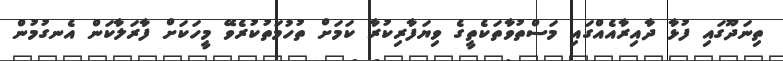
ތިނަދޫގައި ފުޅާ ދާއިރާއެއްގައި މަސްތުވާތަކެތީގެ ވިޔަފާރިކުރާ ކަމަށް ތުހުމަތުކުރެވޭ މީހަކަށް ފާރަލާކަން އެނގުމުން